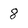
Character: 8